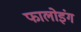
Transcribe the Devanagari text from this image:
फालोइंग